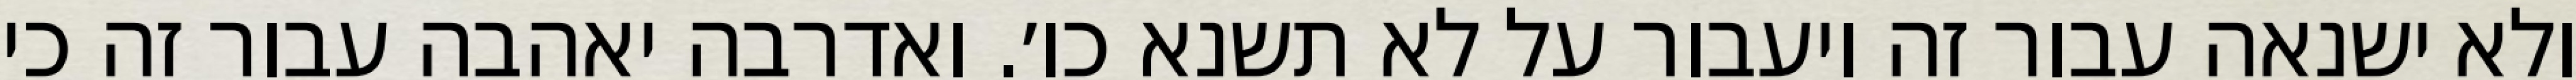
ולא ישנאה עבור זה ויעבור על לא תשנא כו׳. ואדרבה יאהבה עבור זה כי